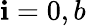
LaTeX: \mathbf{i}=0,b